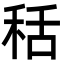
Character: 秳